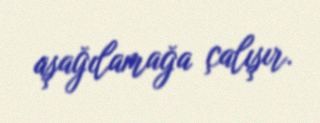
aşağılamağa çalışır.